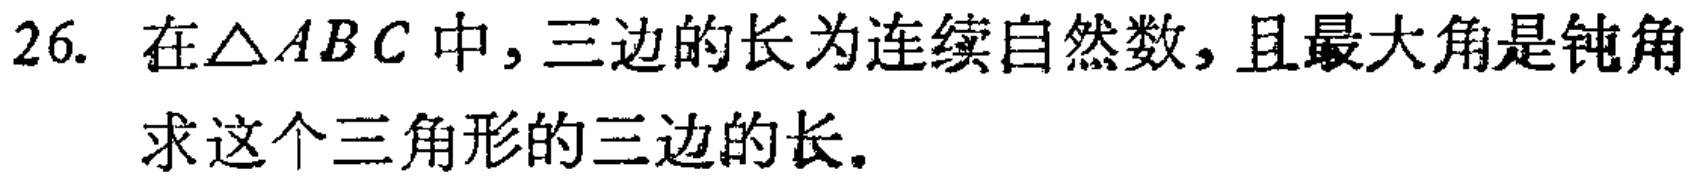
26. 在$\triangle ABC$中，三边的长为连续自然数，且最大角是钝角
求这个三角形的三边的长。